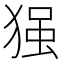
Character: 𱮇